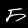
Digit: 5